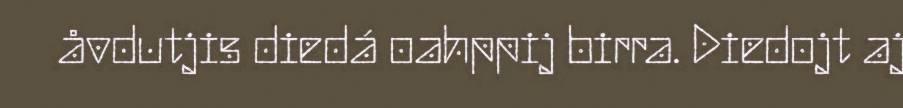
åvdutjis diedá oahppij birra. Diedojt aj